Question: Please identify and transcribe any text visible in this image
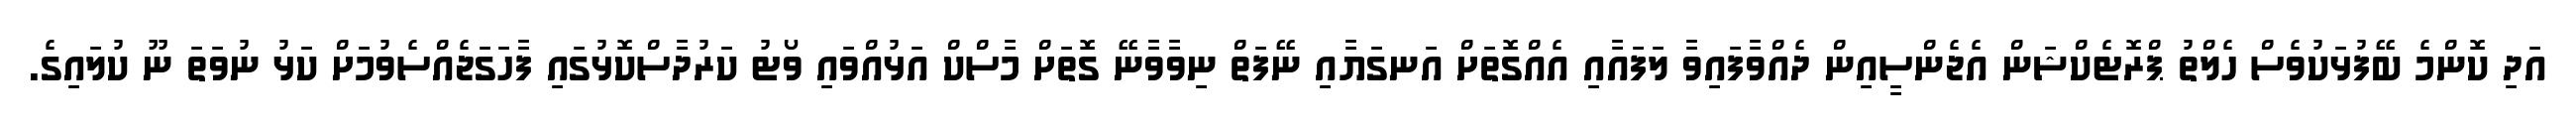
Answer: އަދި ކޮންމެ ބޭފުޅަކުވެސް ހެލްތު ޕްރޮޓެކްޝަން އެޖެންސީއިން ދެއްވާފައިވާ ލަފައާއި އެއްގޮތަށް އަނގަޔާއި ނޭފަތް ނިވާވާނޭ ގޮތަށް މާސްކް އަޅުއްވައި ވޯޓު ކަރުދާސްކޮޅުގައި ފާހަގަޖެއްސެވުމަށް ކަޅު ނުވަތަ ނޫ ކުލައިގެ.